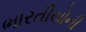
ભારતીયોની